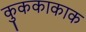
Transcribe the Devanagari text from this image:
कुककाकाक